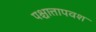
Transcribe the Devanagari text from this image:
पश्चात्तापवश